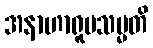
အနာဟာရူပသမ္မတိ